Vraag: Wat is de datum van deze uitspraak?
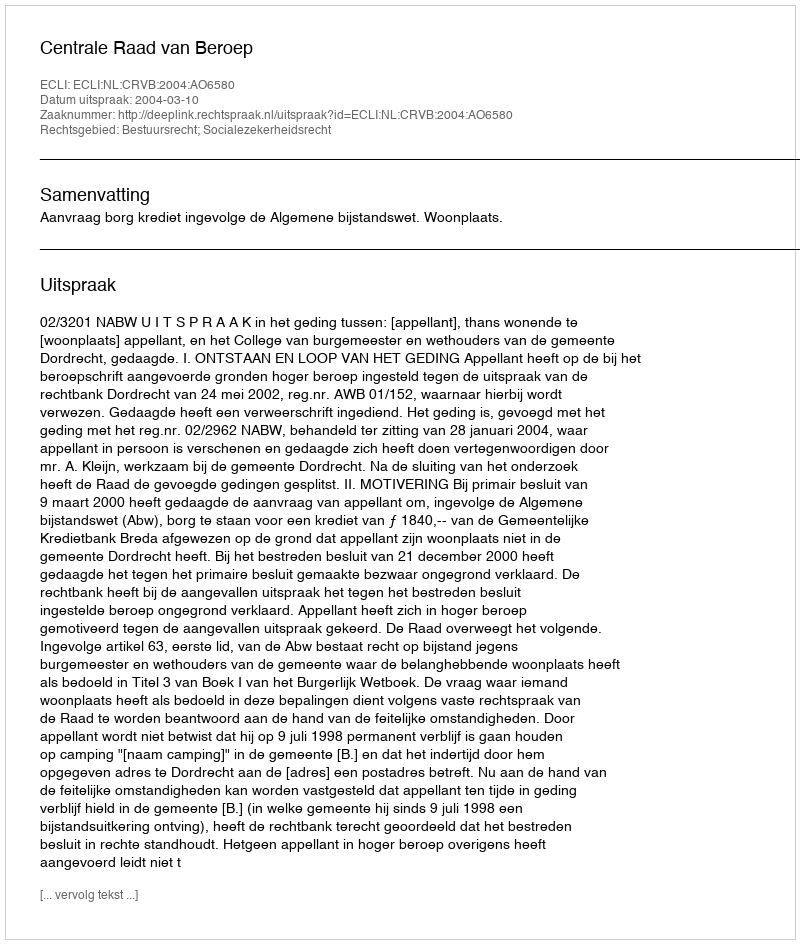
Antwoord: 2004-03-10